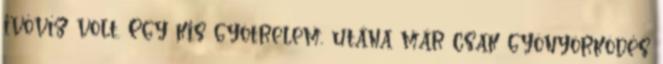
ivóvíz volt. Egy kis gyötrelem, utána már csak gyönyörködés